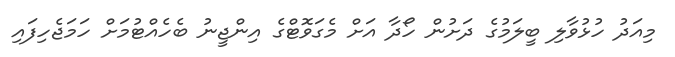
މިއަދު ހުޅުވާލި ބީލަމުގެ ދަށުން ހޯދާ އަށް މެގަވޮޓްގެ އިންޖީނު ބެހެއްޓުމަށް ހަމަޖެހިފައި